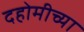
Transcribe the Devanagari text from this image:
दहोमीच्या